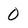
Character: 0